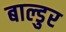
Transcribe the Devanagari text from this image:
बाल्डुर